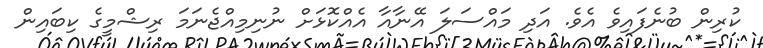
ކުރިން ބުނެފައިވެ އެވެ. އަދި މައްސަލަ އޭނާއާ އެއްކޮޅަށް ނުނިމިއްޖެނަމަ ރިޝްމީގެ ކިބައިން